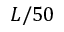
L / 5 0